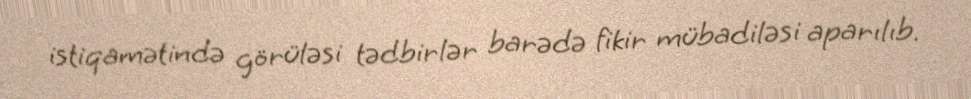
istiqamətində görüləsi tədbirlər barədə fikir mübadiləsi aparılıb.